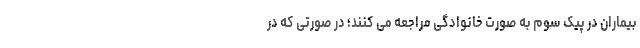
بیماران در پیک سوم به صورت خانوادگی مراجعه می کنند؛ در صورتی که در